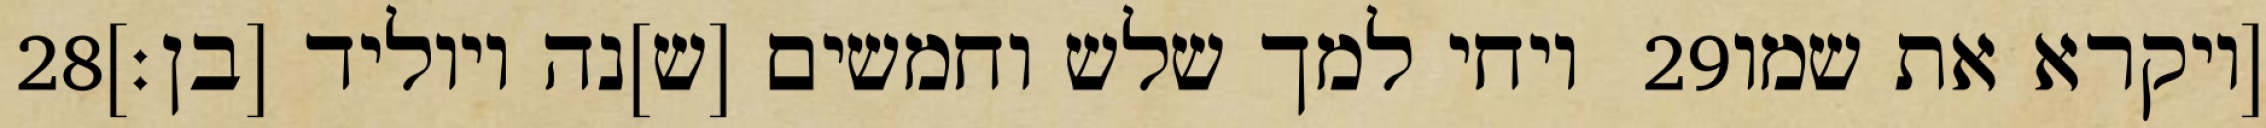
‎28‏ ויחי למך שלש וחמשים [ש]נה ויוליד [בן׃] ‎29‏ [ויקרא את שמו